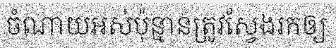
ចំណាយអស់ប៉ុន្មានត្រូវស្វែងរកឲ្យ